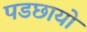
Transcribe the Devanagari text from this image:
पडछायो